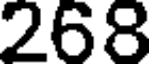
268